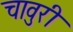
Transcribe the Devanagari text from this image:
चावुरी